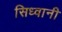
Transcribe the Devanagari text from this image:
सिध्वानी